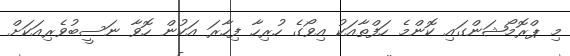
މި ޕްރޮމޯޝަންގައި ކޮންމެ ހަފްތާއަކު އިވޯގެ ހުރިހާ ފިހާރަ އަކުން ހޮވާ ނަސީބުވެރިއަކަށް